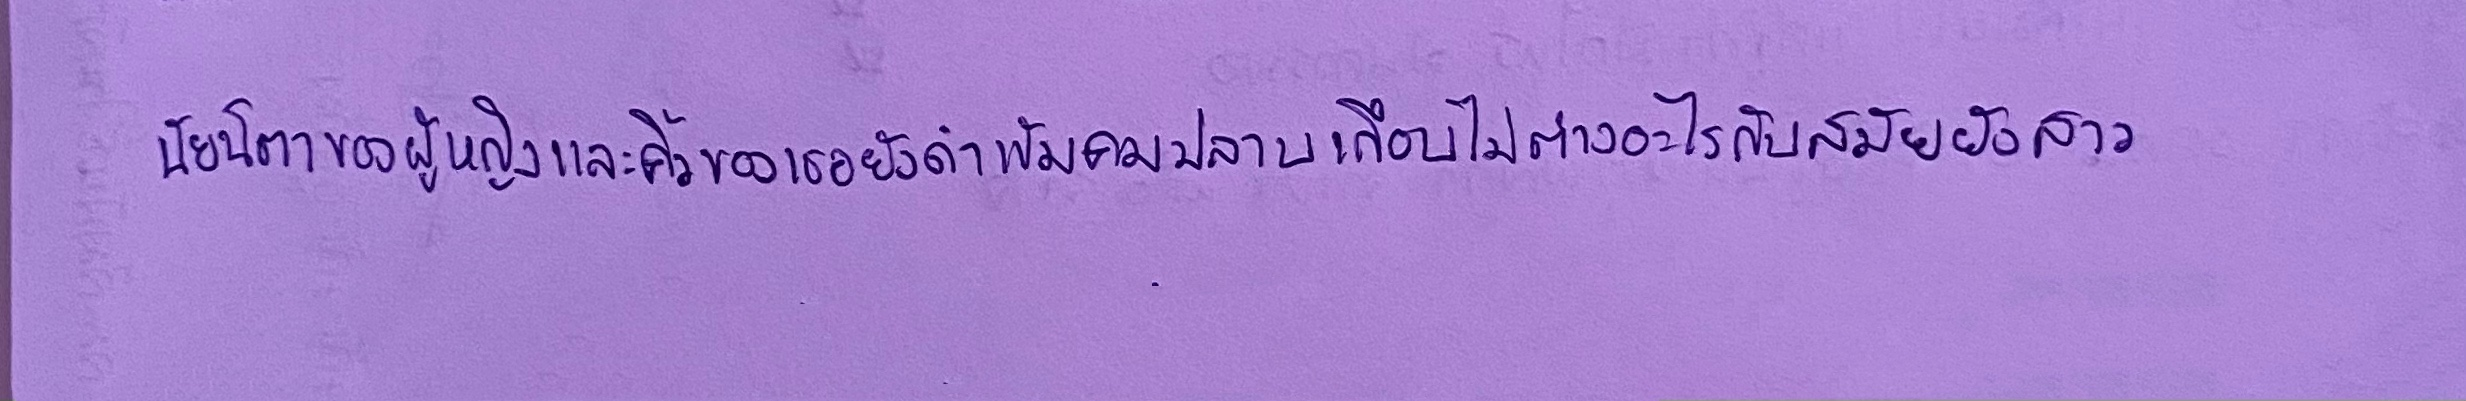
นัยน์ตาของคุณผู้หญิงและคิ้วของเธอยังดำเข้มคมปลาบเกือบไม่ต่างอะไรกับสมัยยังสาว